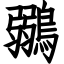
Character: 鶸